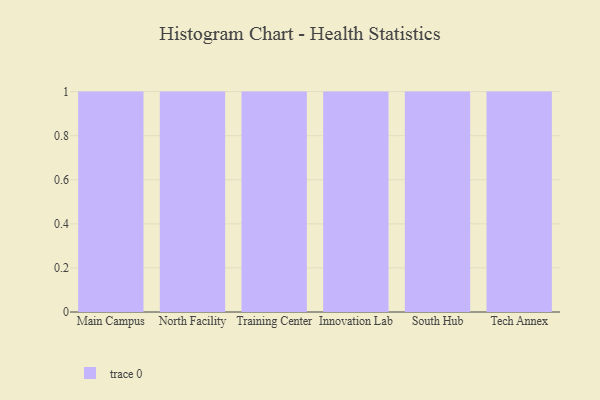
{"axis": {"x": "Campus", "y": "Churn Rate (%)"}, "legend": [""], "data": [{"x": "Main Campus", "y": 62, "type": ""}, {"x": "North Facility", "y": 16, "type": ""}, {"x": "Training Center", "y": 39, "type": ""}, {"x": "Innovation Lab", "y": 7, "type": ""}, {"x": "South Hub", "y": 69, "type": ""}, {"x": "Tech Annex", "y": 71, "type": ""}]}